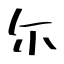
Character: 尓